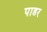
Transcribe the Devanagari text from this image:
पाडर